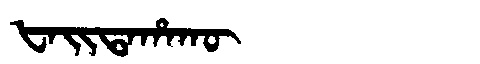
Manchu: ᡶᠠᡳᡨᠠᡥᠠᡴᡡ
Romanization: FAITAHAKŪ